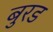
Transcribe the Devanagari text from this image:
बुरड